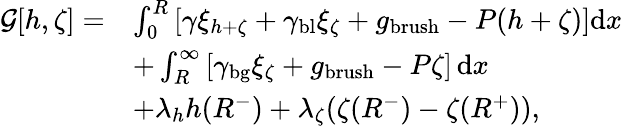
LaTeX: \begin{array}{rl}{\mathcal{G}[h,\zeta]=}&{\int_{0}^{R}\left[\gamma\xi_{h+\zeta}+\gamma_{\mathrm{bl}}\xi_{\zeta}+g_{\mathrm{brush}}-P(h+\zeta)\right]\mathrm{d}x}\\ &{+\int_{R}^{\infty}\left[\gamma_{\mathrm{bg}}\xi_{\zeta}+g_{\mathrm{brush}}-P\zeta\right]\, \mathrm{d}x}\\ &{+\lambda_{h}h(R^{-})+\lambda_{\zeta}(\zeta(R^{-})-\zeta(R^{+})),}\end{array}